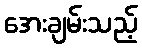
အေးချမ်းသည့်